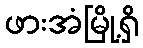
ဖားအံမြို့ရှိ